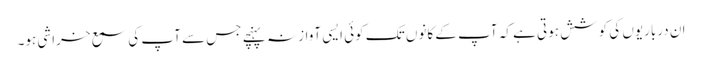
ان درباریوں کی کوشش ہوتی ہے کہ آپ کے کانوں تک کوئی ایسی آواز نہ پہنچے جس سے آپ کی سمع خراشی ہو۔